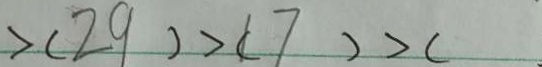
> ( 2 9 ) > ( 1 7 ) > (